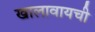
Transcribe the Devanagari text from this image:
खालावायची